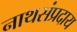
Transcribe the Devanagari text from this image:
नाथसंप्रदाय